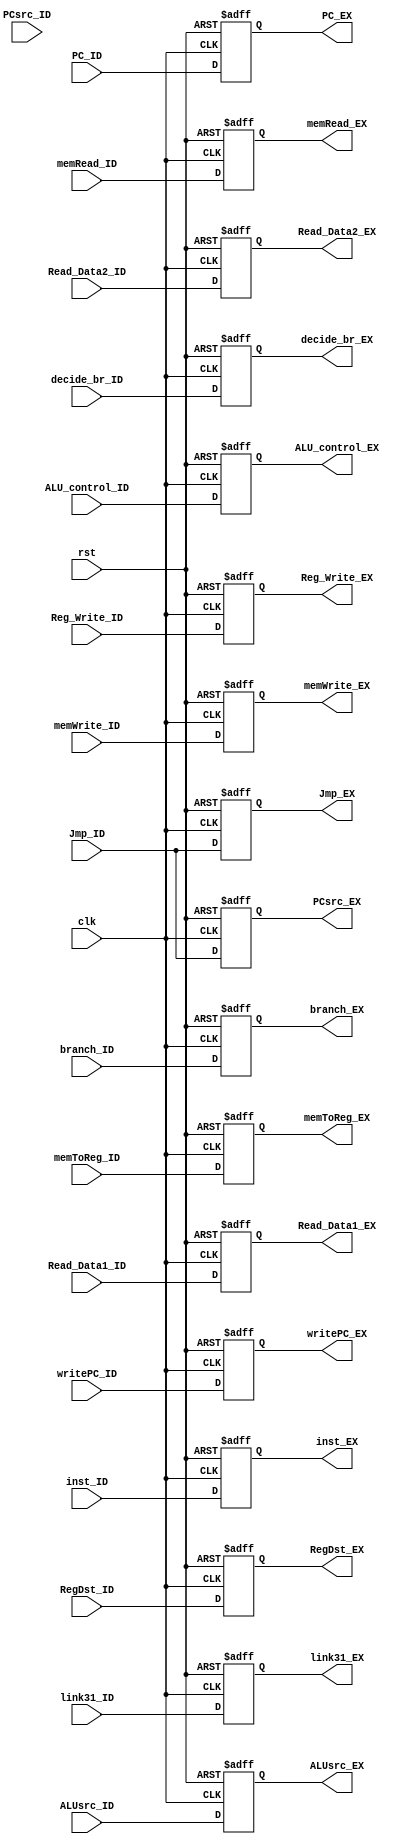
module ID_EX(input clk,rst, Reg_Write_ID,memWrite_ID,memRead_ID,RegDst_ID,ALUsrc_ID,memToReg_ID,link31_ID,writePC_ID,Jmp_ID,PCsrc_ID,branch_ID,decide_br_ID,input [2:0]ALU_control_ID,input [31:0]Read_Data1_ID,Read_Data2_ID,inst_ID,PC_ID,output reg Reg_Write_EX,memWrite_EX,memRead_EX,RegDst_EX,ALUsrc_EX,memToReg_EX,link31_EX,writePC_EX,Jmp_EX,PCsrc_EX,branch_EX,decide_br_EX,output reg [2:0]ALU_control_EX,output reg [31:0]Read_Data1_EX,Read_Data2_EX,inst_EX,PC_EX);

always@(posedge clk,posedge rst)begin
    if(rst)begin
        Reg_Write_EX<=0;
        memWrite_EX<=0;
        memRead_EX<=0;
        RegDst_EX<=0;
        ALUsrc_EX<=0;
        memToReg_EX<=0;
        link31_EX<=0;
        writePC_EX<=0;
        ALU_control_EX<=3'b000;
        Read_Data1_EX<=0;
        Read_Data2_EX<=0;
        inst_EX<=0;
        PC_EX<=0;
        Jmp_EX<=0;
        PCsrc_EX<=0;
        branch_EX<=0;
        decide_br_EX<=0;
    end
    else begin
        Reg_Write_EX<=Reg_Write_ID;
        memWrite_EX<=memWrite_ID;
        memRead_EX<=memRead_ID;
        RegDst_EX<=RegDst_ID;
        ALUsrc_EX<=ALUsrc_ID;
        memToReg_EX<=memToReg_ID;
        link31_EX<=link31_ID;
        writePC_EX<=writePC_ID;
        ALU_control_EX<=ALU_control_ID;
        Read_Data1_EX<=Read_Data1_ID;
        Read_Data2_EX<=Read_Data2_ID;
        inst_EX<=inst_ID;
        PC_EX<=PC_ID;
        Jmp_EX<=Jmp_ID;
        PCsrc_EX<=Jmp_ID;
        branch_EX<=branch_ID;
        decide_br_EX<=decide_br_ID;
    end
end

endmodule